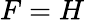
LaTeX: F=H